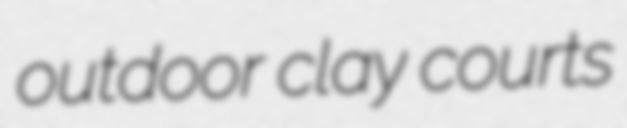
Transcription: outdoor clay courts